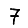
Digit: 7